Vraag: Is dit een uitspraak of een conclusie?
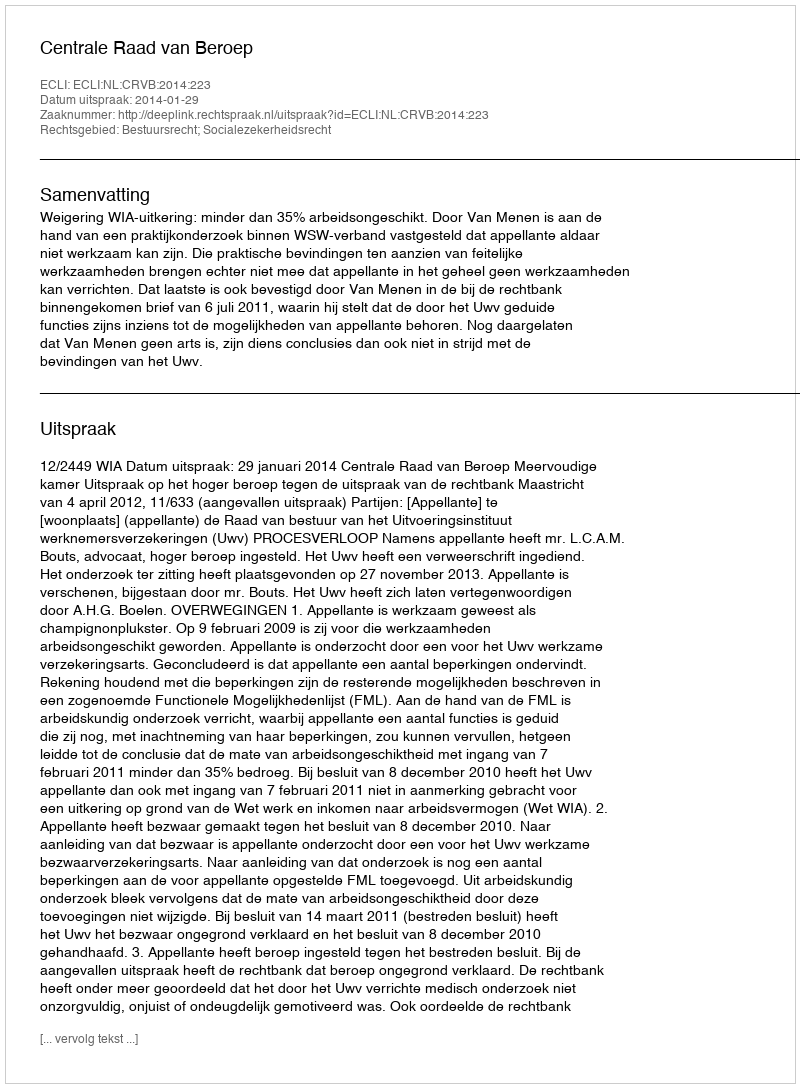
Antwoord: Uitspraak